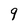
Character: 9